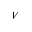
V